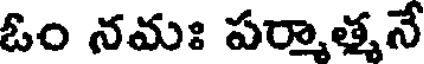
ఓం నమః పర్మాత్మనే